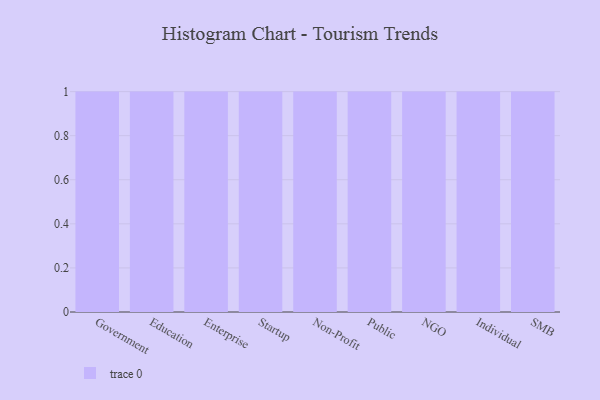
{"axis": {"x": "Segment", "y": "Satisfaction Score"}, "legend": [""], "data": [{"x": "Government", "y": 78, "type": ""}, {"x": "Education", "y": 54, "type": ""}, {"x": "Enterprise", "y": 38, "type": ""}, {"x": "Startup", "y": 93, "type": ""}, {"x": "Non-Profit", "y": 26, "type": ""}, {"x": "Public", "y": 73, "type": ""}, {"x": "NGO", "y": 7, "type": ""}, {"x": "Individual", "y": 30, "type": ""}, {"x": "SMB", "y": 53, "type": ""}]}